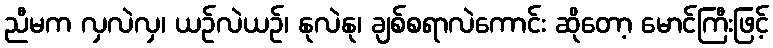
ညီမက လှလဲလှ၊ ယဉ်လဲယဉ်၊ နုလဲနု၊ ချစ်စရာလဲကောင်း ဆိုတော့ မောင်ကြီးဖြင့်